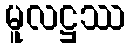
မူလဋ္ဌဿ